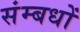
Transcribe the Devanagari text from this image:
संम्बधों